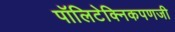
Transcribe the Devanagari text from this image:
पॉलिटेक्निकपणजी